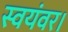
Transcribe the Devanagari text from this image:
स्वयंवर।